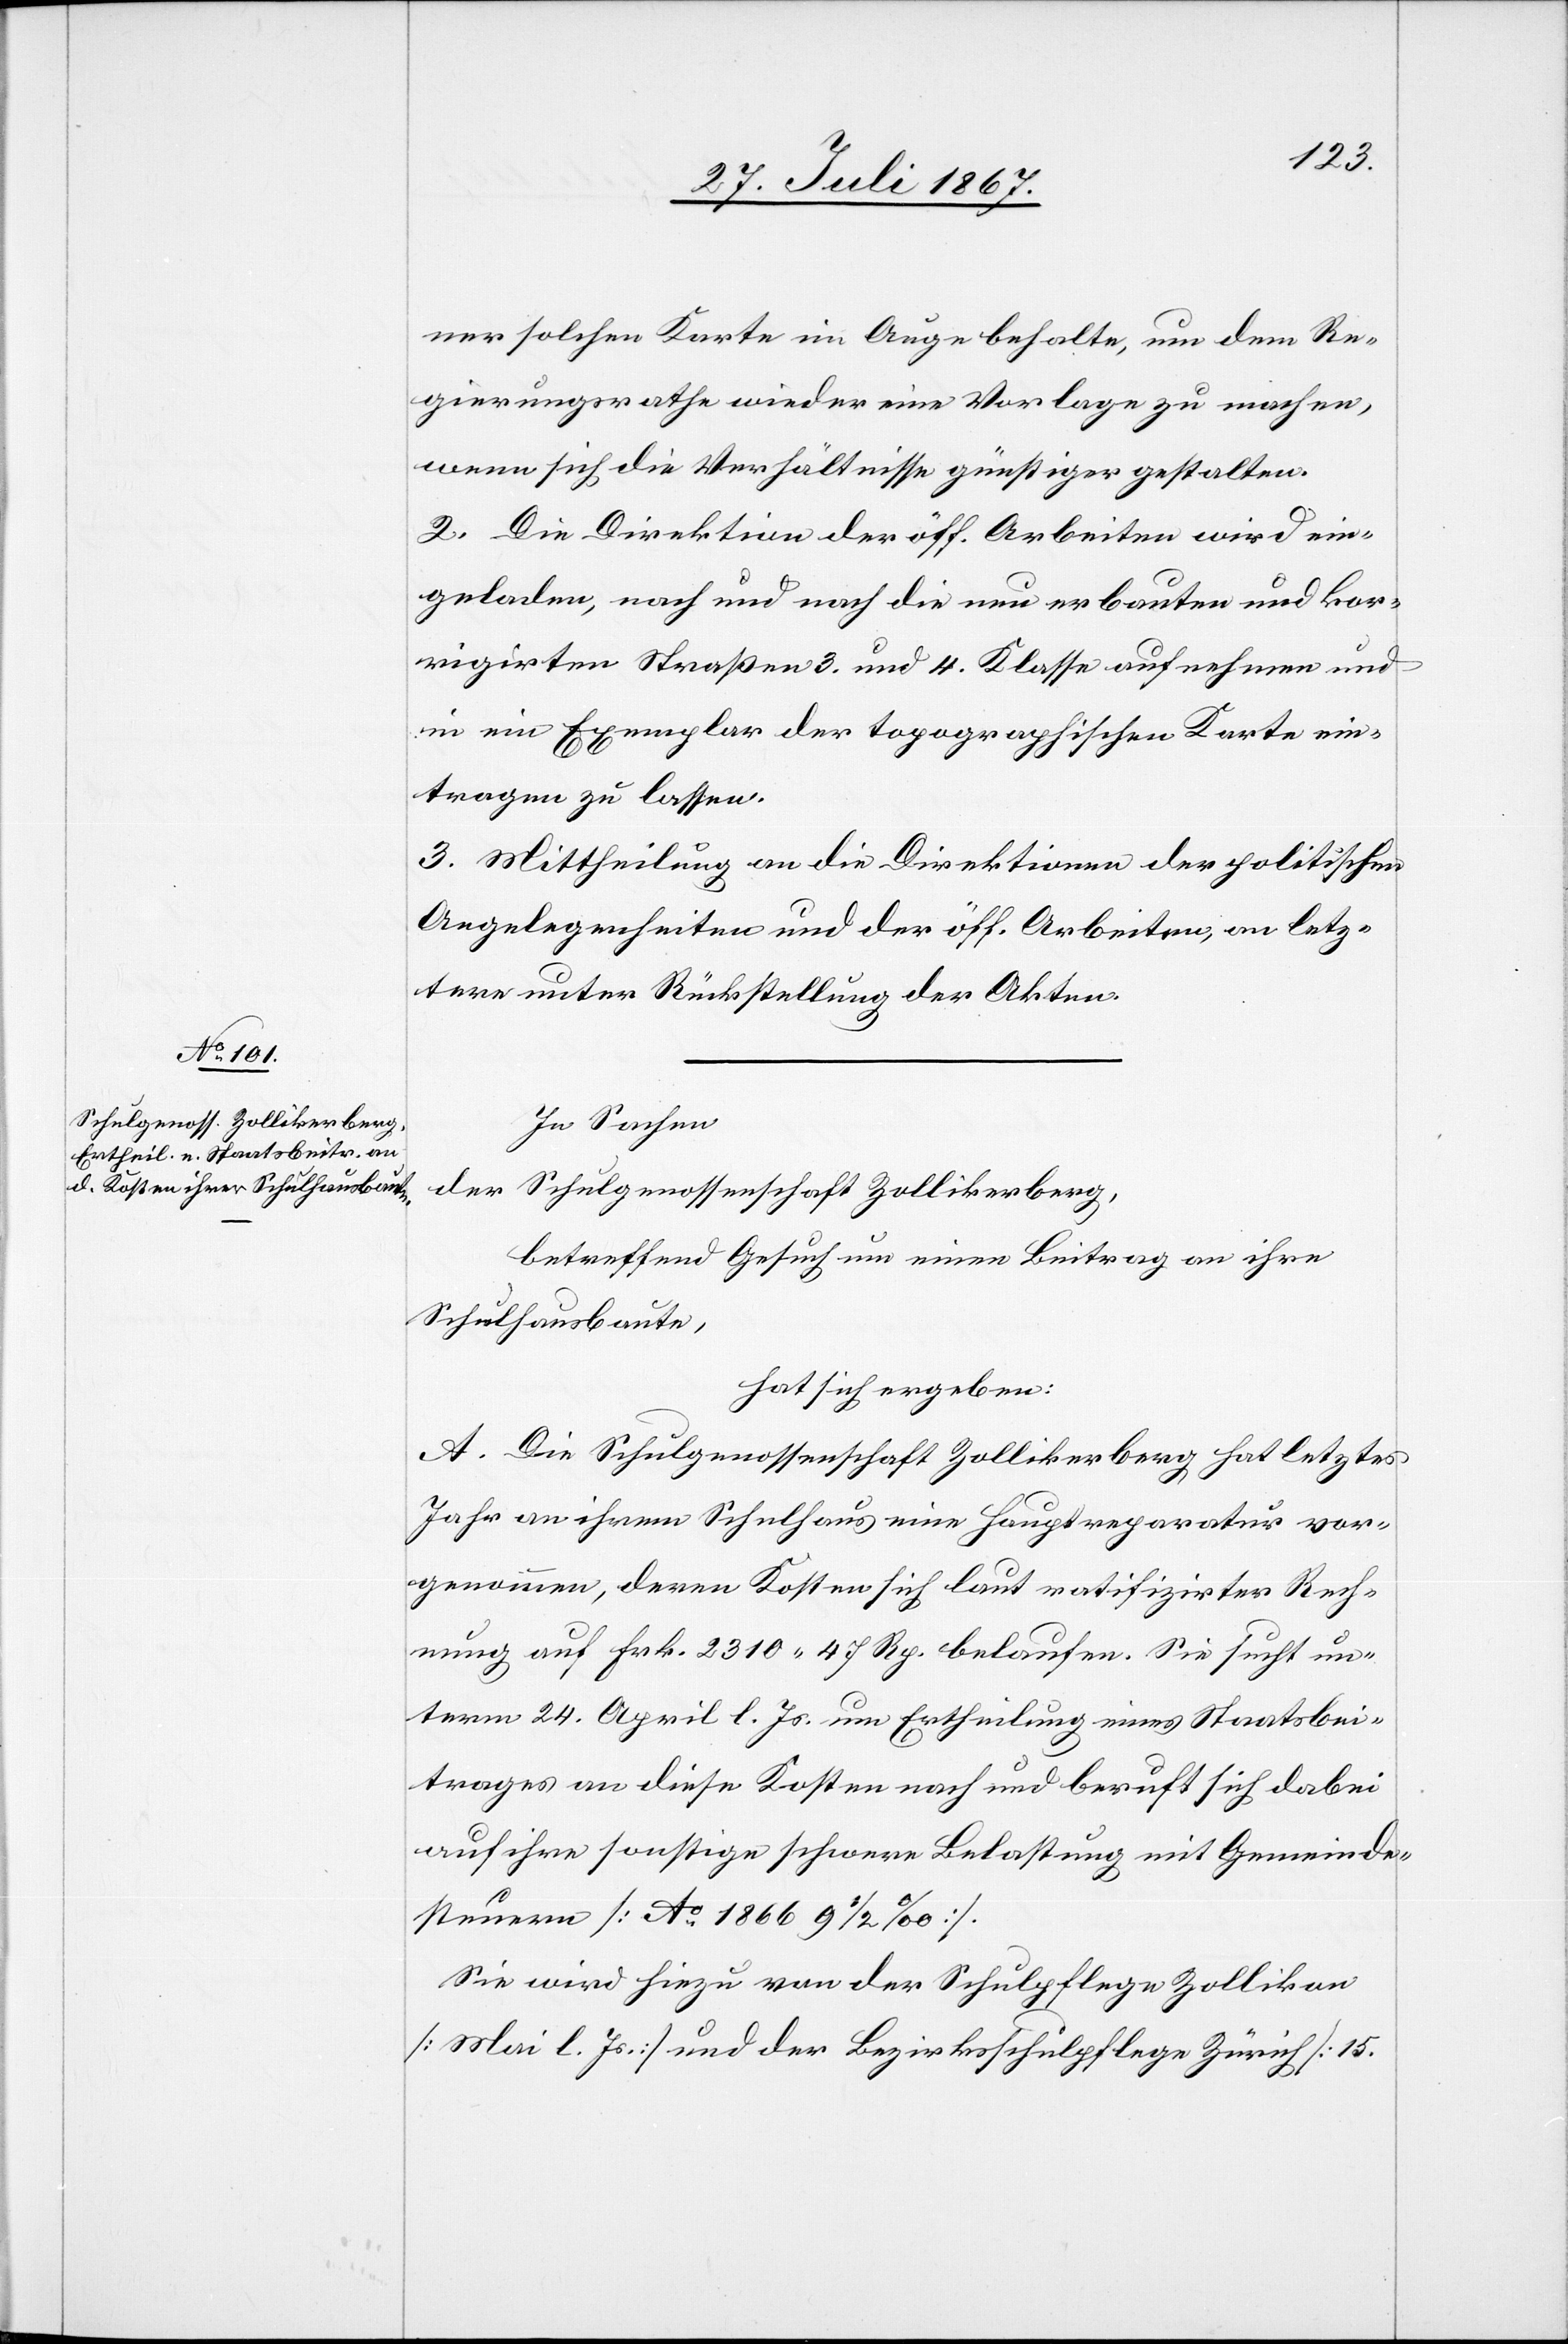
4.

einer solchen Karte im Auge behalte, um dem Re¬
gierungsrathe wieder eine Vorlage zu machen,
wenn sich die Verhältnisse günstiger gestalten.
2. Die Direktion der öff. Arbeiten wird ein¬
in ein Exemplar der topographischen Karte ein¬
tragen zu lassen.
3. Mittheilung an die Direktionen der politischen
Angelegenheiten und der öff. Arbeiten, an letz¬
tere unter Rückstellung der Akten.
In Sachen
der
Schulgenossenschaft Zollikerberg,
betreffend Gesuch um einen Beitrag an ihre
Schulhausbaute,
hat sich ergeben:
A. Die Schulgenossenschaft Zollikerberg hat letztes
Jahr an ihrem Schulhaus eine Hauptreparatur vor¬
genommen, deren Kosten sich laut ratifizirter Rech¬
nung auf Frk. 2310.47 Rp. belaufen. Sie sucht un¬
term 24. April l. Js. um Ertheilung eines Staatsbei¬
trages an diese Kosten nach und beruft sich dabei
auf ihre sonstige schwere Belastung mit Gemeinds¬
steuern [Ao. 1866 9 1/2 ‰].
Sie wird hiezu von der Schulpflege Zollikon
[Mai l. Js.] und der Bezirksschulpflege Zürich [15.